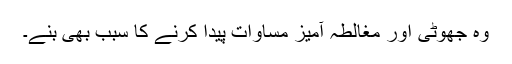
وہ جھوٹی اور مغالطہ آميز مساوات پیدا کرنے کا سبب بھی بنے۔